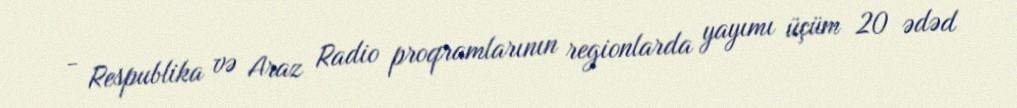
- Respublika və Araz Radio proqramlarının regionlarda yayımı üçüm 20 ədəd